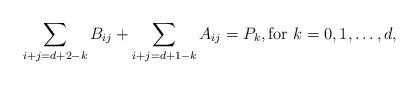
LaTeX: \begin{align*} \sum_{i+j=d+2-k} B_{ij} + \sum_{i+j=d+1-k} A_{ij}=P_k, \mbox{for $k=0,1,\hdots,d$,} \end{align*}